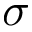
\sigma